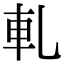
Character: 軋